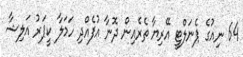
64 ނިއުގެ ޕެނަލްޓީ އޭރިޔާ ތެރެއިން ދޮނާ އުފެއްދި ހަމަލާ ކީޕަރު އަލިޝާ